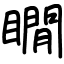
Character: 瞯